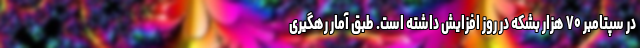
در سپتامبر ۷۰ هزار بشکه در روز افزایش داشته است. طبق آمار رهگیری